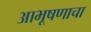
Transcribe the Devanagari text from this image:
आभूषणाचा